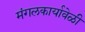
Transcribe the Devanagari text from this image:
मंगलकार्यावेळी